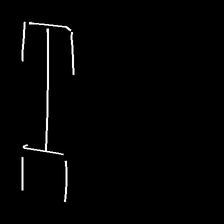
Glyph: entwine